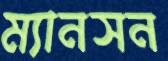
ম্যানসন